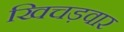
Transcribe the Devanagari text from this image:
खिचड़वार